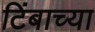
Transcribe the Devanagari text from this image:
टिंबाच्या